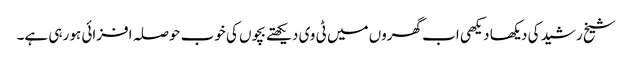
شیخ رشید کی دیکھا دیکھی اب گھروں میں ٹی وی دیکھتے بچوں کی خوب حوصلہ افزائی ہو رہی ہے۔